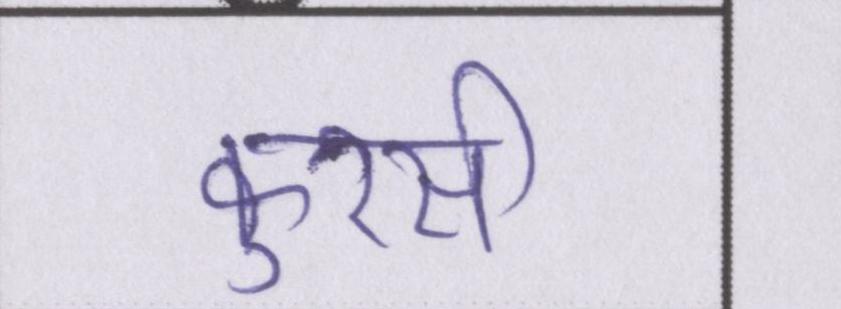
कुरसी